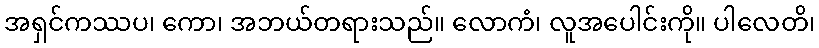
အရှင်ကဿပ၊ ကော၊ အဘယ်တရားသည်။ လောကံ၊ လူအပေါင်းကို။ ပါလေတိ၊